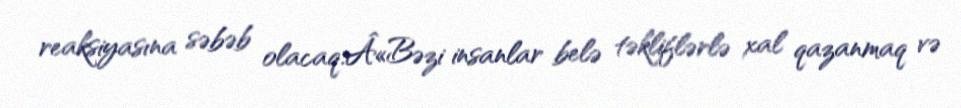
reaksiyasına səbəb olacaq.Â«Bəzi insanlar belə təkliflərlə xal qazanmaq və